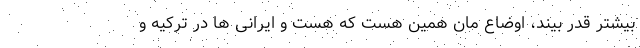
بیشتر قدر بیند، اوضاع مان همین هست که هست و ایرانی ها در ترکیه و